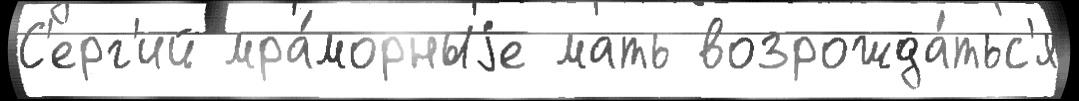
С'ерг'ий мра́морныjе мать возрожда́тьс'я